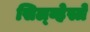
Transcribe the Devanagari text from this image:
सिल्व्हेस्त्रे